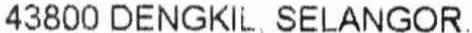
43800 DENGKIL, SELANGOR.